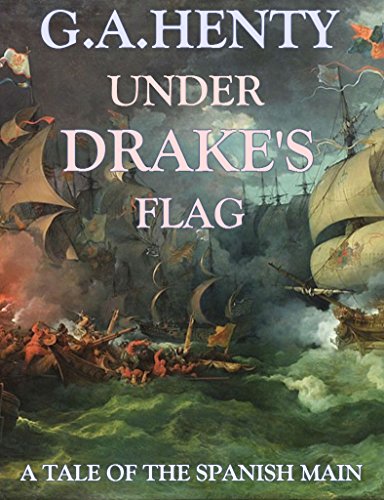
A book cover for Under Drake's Flag (Annotated): A Tale of the Spanish Main; G.A. Henty; Teen & Young Adult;